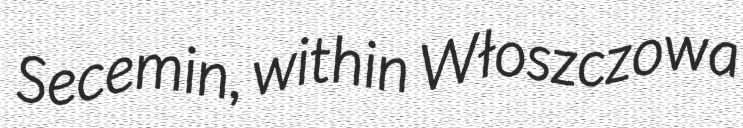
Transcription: Secemin, within Włoszczowa